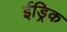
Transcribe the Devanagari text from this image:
ईड्रिक